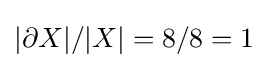
|\partial X|/|X|=8/8=1